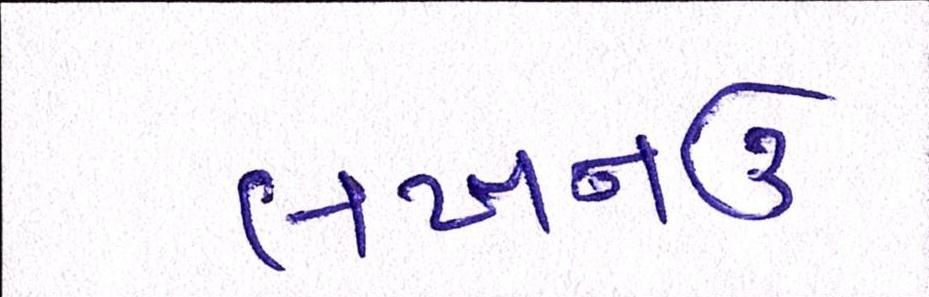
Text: લખનઉ